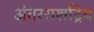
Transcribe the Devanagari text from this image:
अंतरराशट्रिय